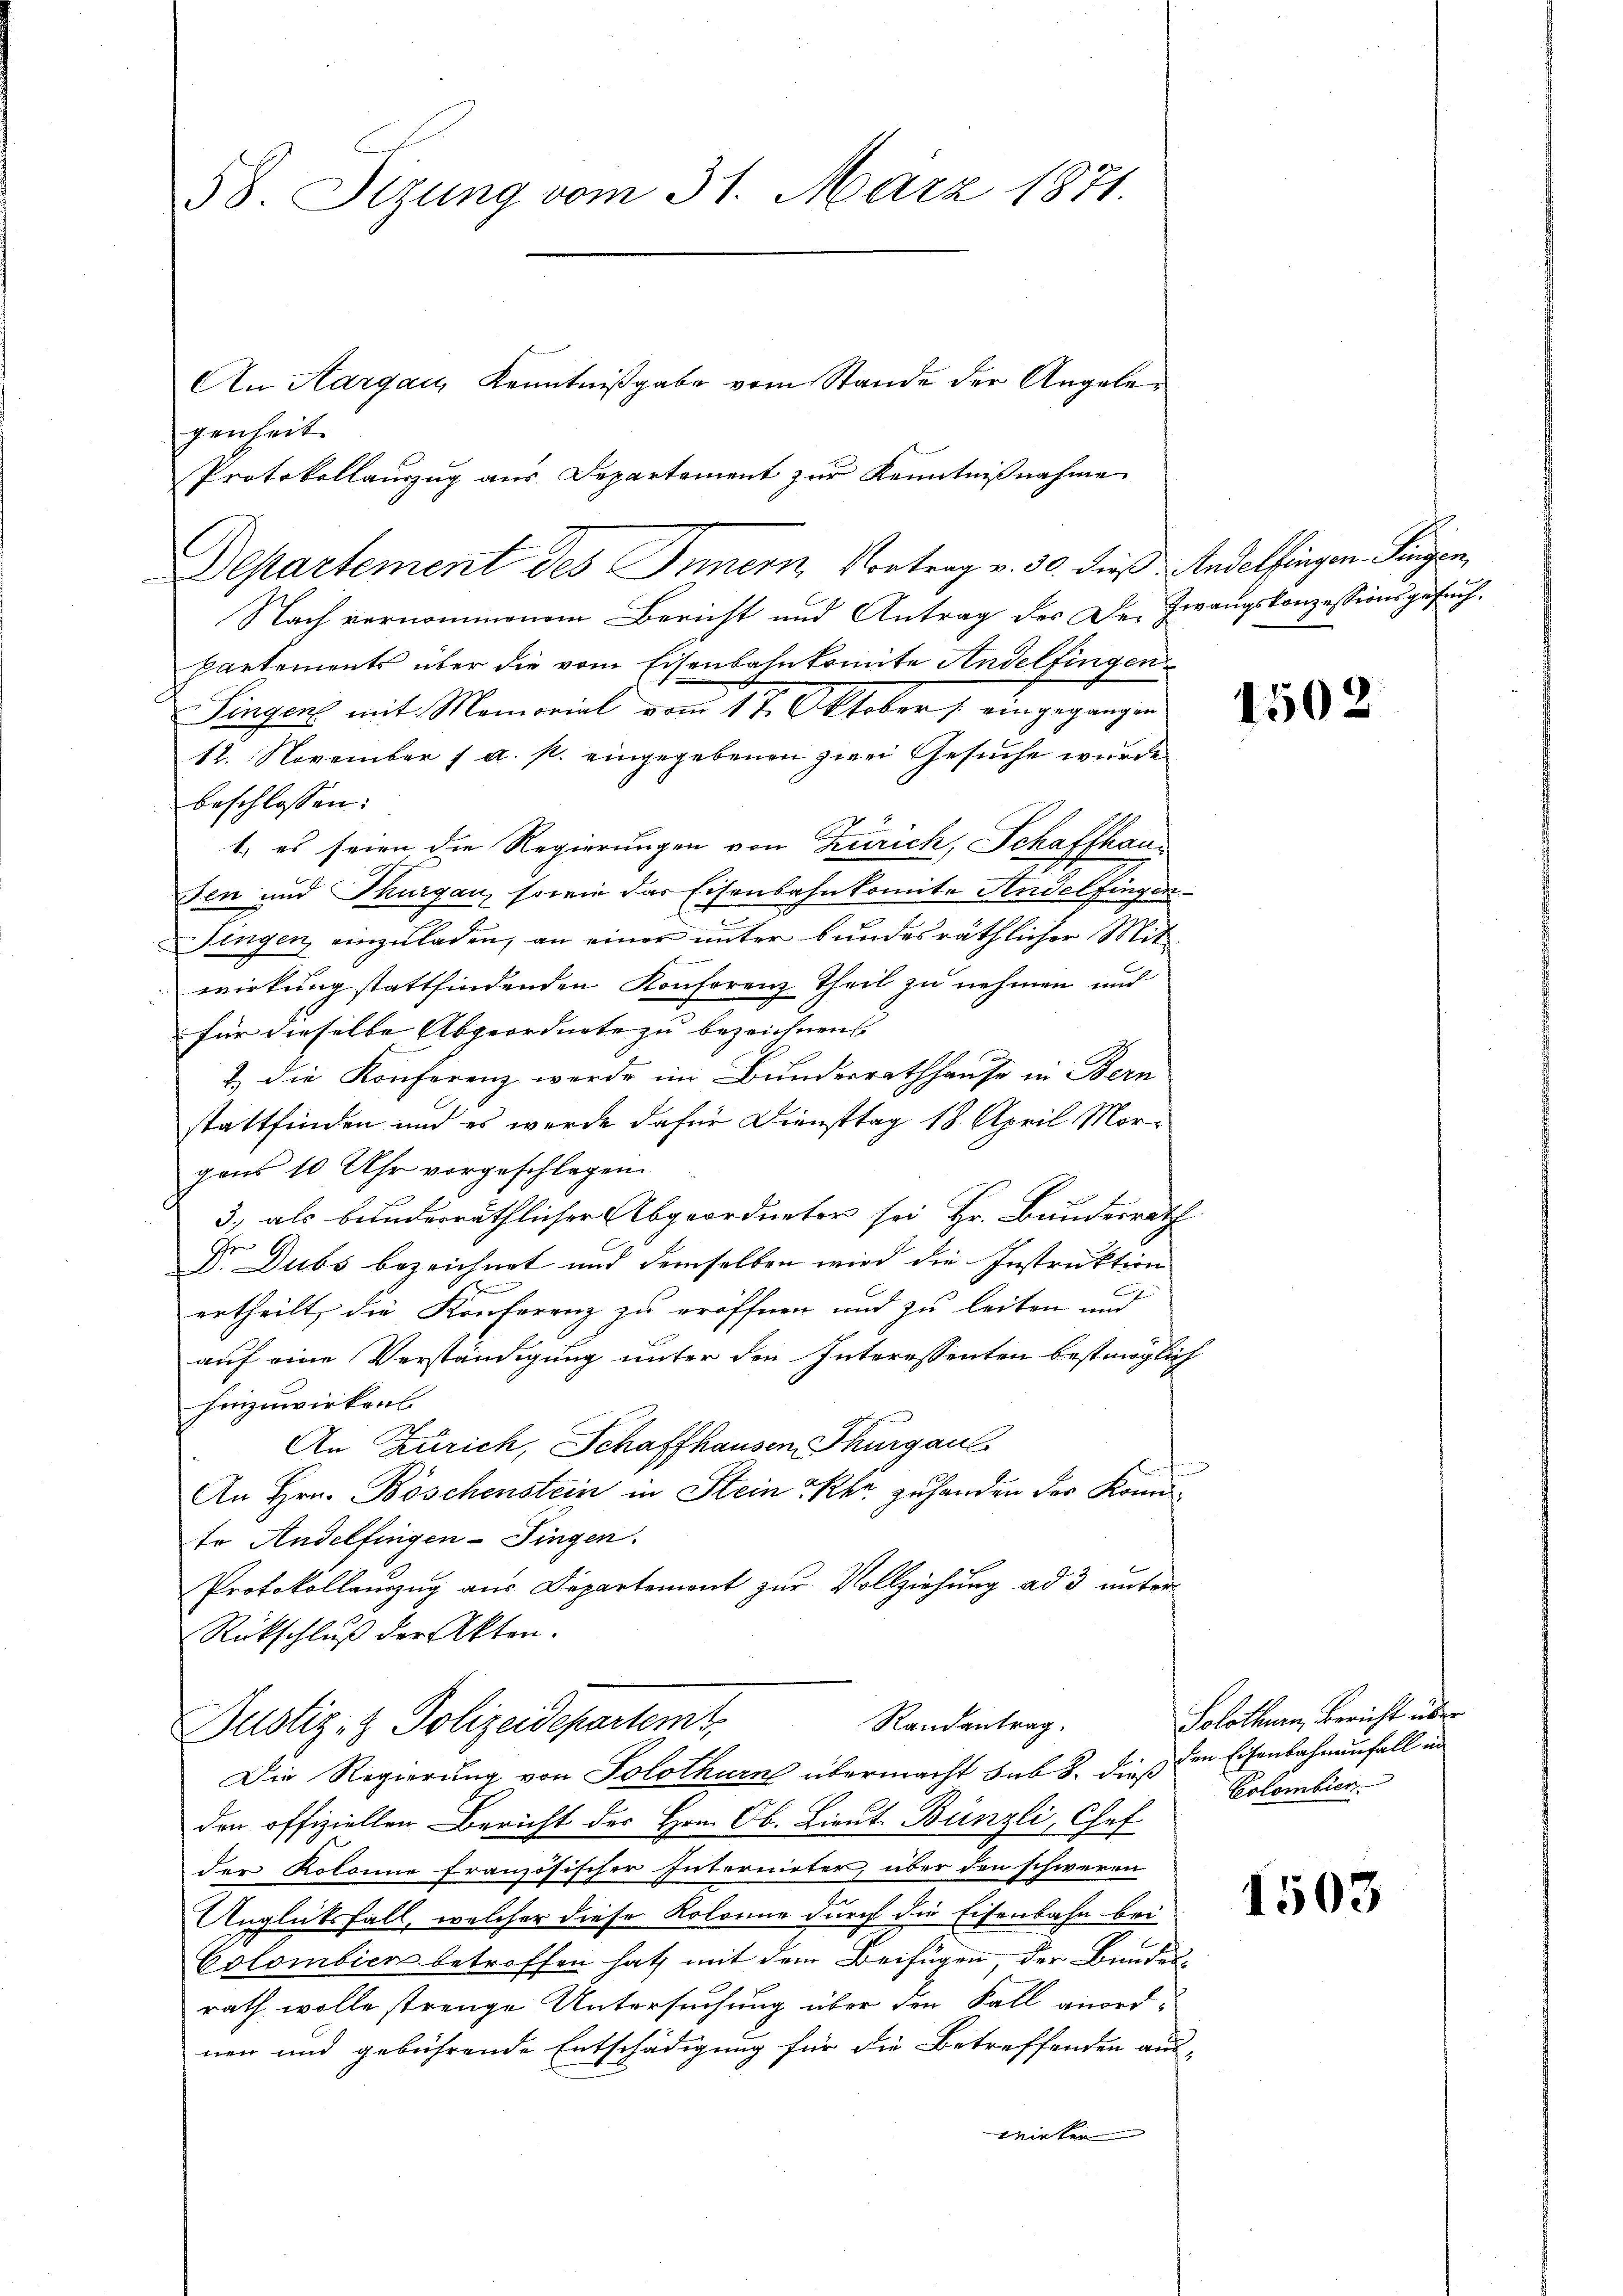
58. Sizung vom 31. März 1871.
An Aargau, Kenntnißgabe vom Stande der Angelegenheit.
Protokollauszug aus Departement zur Kenntnißnahme

Departement des Innern Vortrag v. 30. dieß Andelfingen Ringen,
Nach vernommenem Bericht und Antrag des Der Zwangskonzessionsgesuchpartements über die vom Eisenbahnkomite Andelfingen
Singen mit Memorial vom 1t Oktober / eingegangen
12. November f a. p. eingegebenen zwei Gesuche wurde
beschlossen:
1. es seien die Regierungen von Zürich, Schaffhaus
Jen und Thurgau, sowie das Eisenbahnkomite Andelfingen
Singen, einzuladen, an einer unter bundesräthlicher Mitwirkung stattfindenden Konferenz Theil zu nehmen und
für dieselbe Abgeordnete zu bezeichnen. |
2) die Konferenz werde im Bundesrathhause in Bern
stattfinden und es werde dafür Diensttag 18 April Morgans 10 Uhr vorgeschlagen
3, als bunderräthlicher Abgeordneter sei Hr. Bundesrath
n
d. Dubs bezeichnet und demselben wird die Instruktion
.
ertheilt, die Konferenz zu eröffnen und zu leiten und
auf eine Verständigung unter den Interessenten bestmöglich
Hinzuwirkens
An Zürich, Schaffhausen, Thurgau
An Hrn. Böschenstein in Stein PRkr. zu handen der Konnto Andelfingen- Fingen.
Protokollauszug aus Departemont zŭr Vollziehung ad 3 unter
Rückschluß der Akten.

Randantrag.
Justiz- & Polizeidepartemt,
Die Regierung von Solothurn übermacht sub 3. dies den Eisenbahnenfall in

den offiziellen Bericht des Hrn. Ob. Lieut. Bünzli, Chef
der Kolonne französischer Internieter, über den schweren
Anglücksfall, welcher diese Kolonur durch die Eisenbahn bei
Colombiens betroffen hat, mit dem Beifügen, der Bundesrath wolle strenge Untersuchung über den Fall anordnen und gebührende Entschädigung für die Betreffenden aus-
Winter

Solothurn, Bericht über
Colombien.

1503